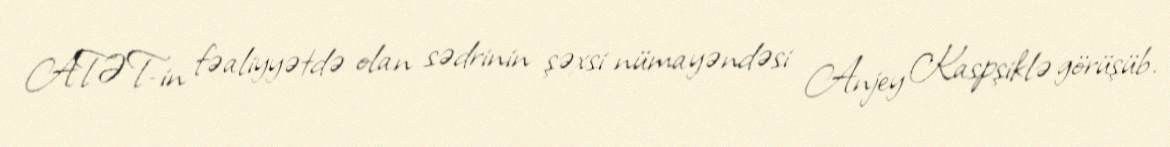
ATƏT-in fəaliyyətdə olan sədrinin şəxsi nümayəndəsi Anjey Kaspşiklə görüşüb.